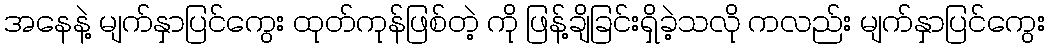
အနေနဲ့ မျက်နှာပြင်ကွေး ထုတ်ကုန်ဖြစ်တဲ့ ကို ဖြန့်ချိခြင်းရှိခဲ့သလို ကလည်း မျက်နှာပြင်ကွေး